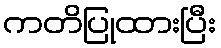
ကတိပြုထားပြီး